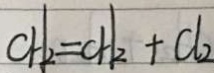
C H _ { 2 } = C H _ { 2 } + C l _ { 2 }